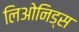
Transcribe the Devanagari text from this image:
लिओनिड्‌स